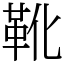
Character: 靴